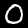
Digit: 0